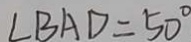
\angle B A D = 5 0 ^ { \circ }